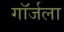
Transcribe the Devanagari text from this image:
गॉर्जला